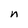
Character: n